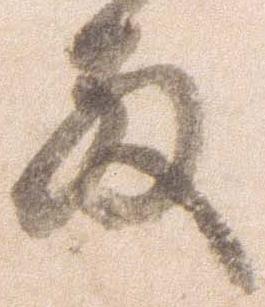
殿